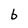
Character: b